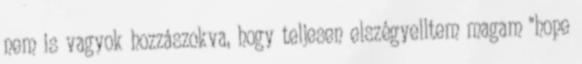
nem is vagyok hozzászokva, hogy teljesen elszégyelltem magam "hope